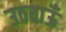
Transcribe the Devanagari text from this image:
उठवाऊँ